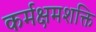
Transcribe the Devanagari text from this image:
कर्मक्षमशक्ति